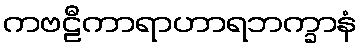
ကဗဠီကာရာဟာရဘက္ခာနံ